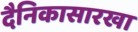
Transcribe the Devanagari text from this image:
दैनिकासारखा